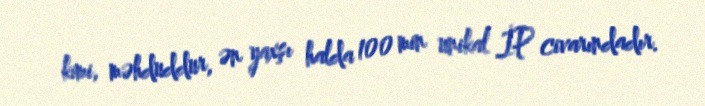
kimi, məhduddur, ən yaxşı halda 100 min unikal İP civarındadır.